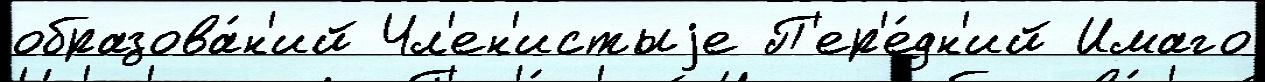
образова́н'ий Чл'ен'истыjе П'ер'е́дн'ий Имаго